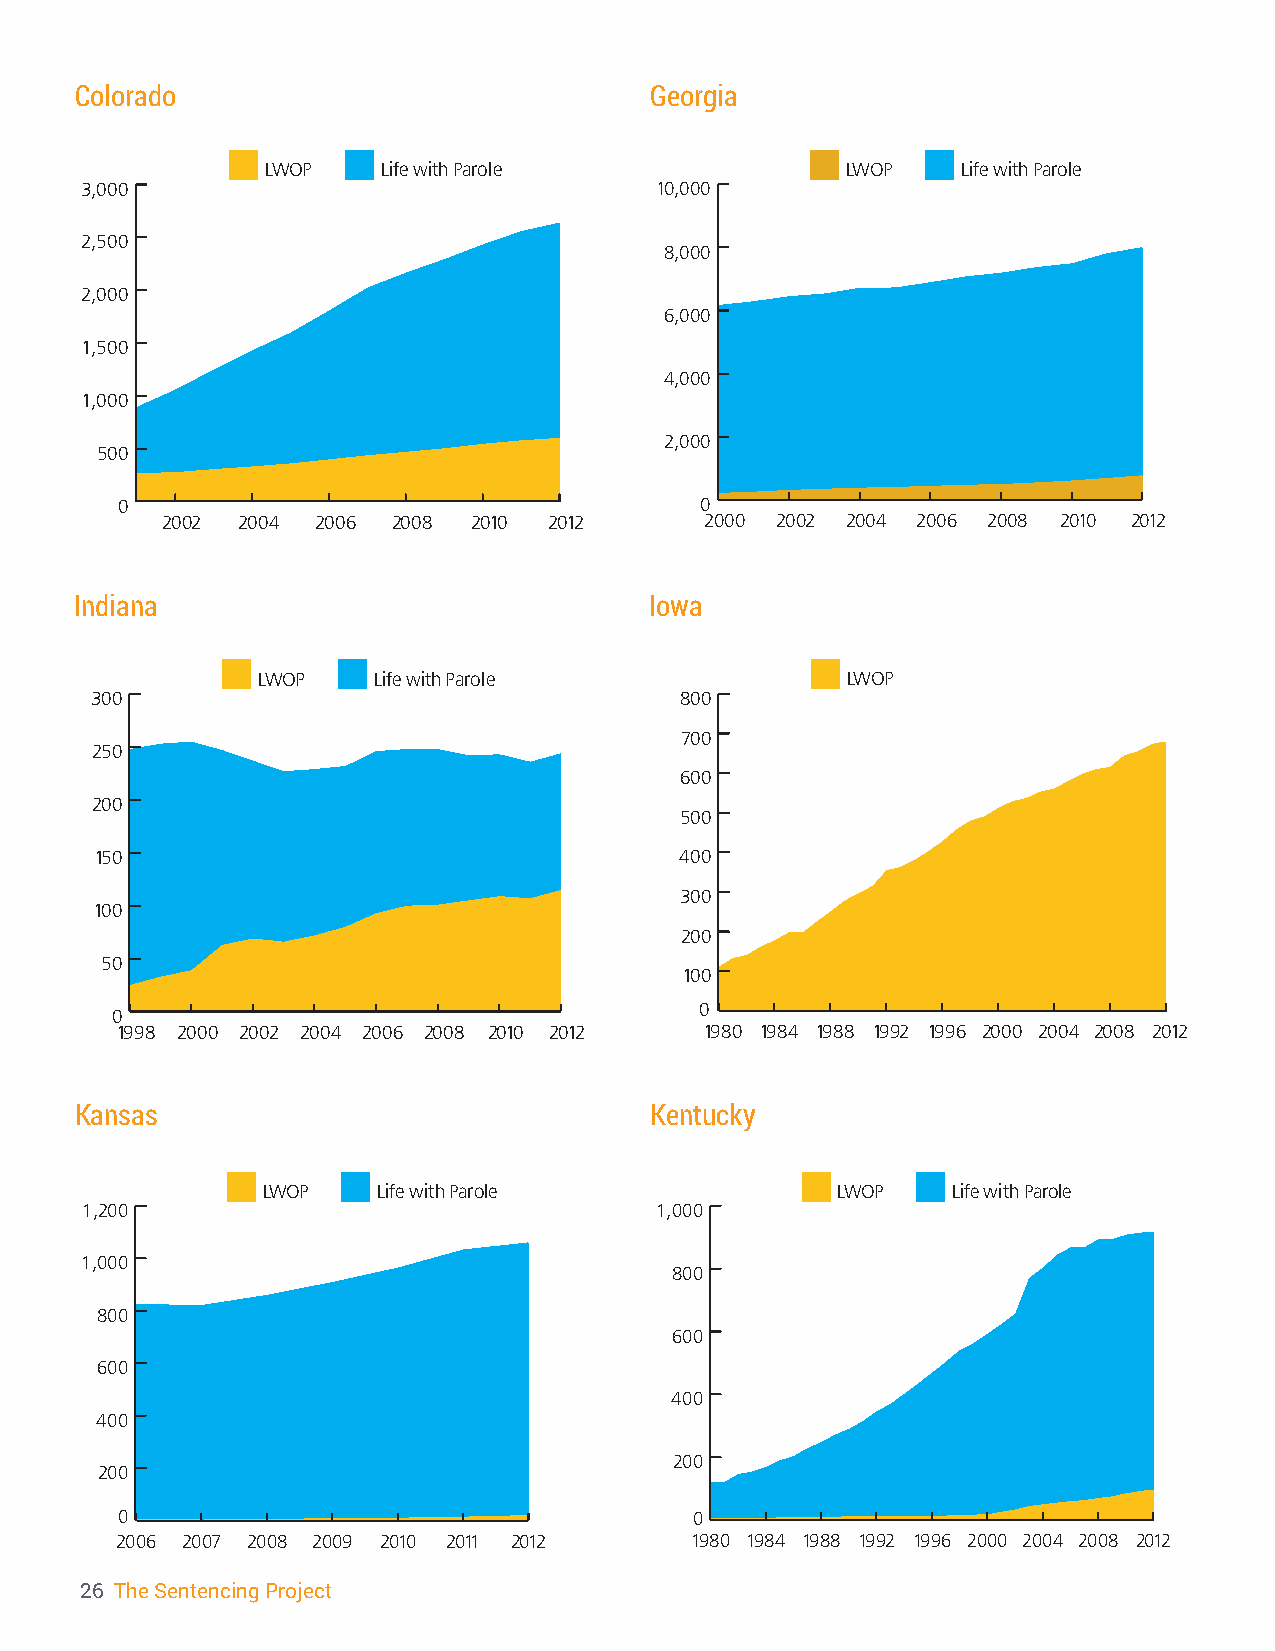
Colorado                              Georgia
 LWOP   Life with Parole               LWOP    Life with Parole
 3,000                                 10,000
 2,500
 8,000
 2,000
 6,000
 1,500
 4,000
 1,000
 2,000
 500
 0                                     0
 2002 2004 2006 2008 2010 2012       2000 2002 2004 2006 2008 2010 2012
 Indiana                               Iowa
 LWOP    Life with Parole               LWOP
 300                                    800
 700
 250
 600
 200
 500
 150                                    400
 300
 100
 200
 50
 100
 0
 0
 1998 2000 2002 2004 2006 2008 2010 2012 1980 1984 1988 1992 1996 2000 2004 2008 2012
 Kansas                                Kentucky
 LWOP    Life with Parole              LWOP    Life with Parole
 1,200                                 1,000
 1,000
 800
 800
 600
 600
 400
 400
 200
 200
 0                                     0
 2006 2007 2008 2009 2010 2011 2012    1980 1984 1988 1992 1996 2000 2004 2008 2012
 26 The Sentencing Project